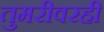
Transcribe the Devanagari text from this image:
तुमरीवरही